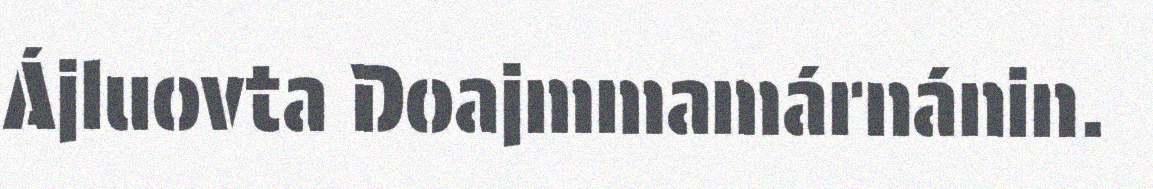
Ájluovta Doajmmamárnánin.